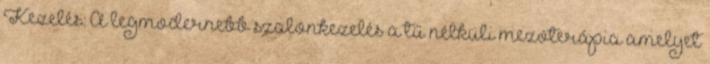
Kezelés: A legmodernebb szalonkezelés a tű nélküli mezoterápia amelyet